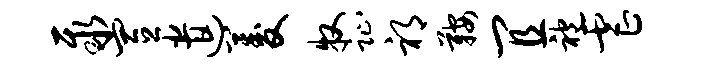
聚置遣菱牧趾祁鞍宜袍虐